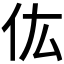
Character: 𠆽